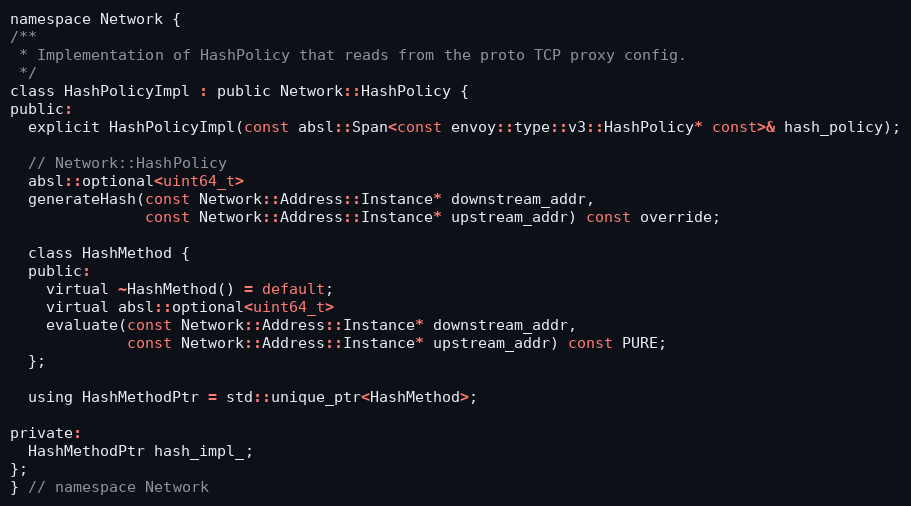
Language: C
namespace Network {
/**
 * Implementation of HashPolicy that reads from the proto TCP proxy config.
 */
class HashPolicyImpl : public Network::HashPolicy {
public:
  explicit HashPolicyImpl(const absl::Span<const envoy::type::v3::HashPolicy* const>& hash_policy);

  // Network::HashPolicy
  absl::optional<uint64_t>
  generateHash(const Network::Address::Instance* downstream_addr,
               const Network::Address::Instance* upstream_addr) const override;

  class HashMethod {
  public:
    virtual ~HashMethod() = default;
    virtual absl::optional<uint64_t>
    evaluate(const Network::Address::Instance* downstream_addr,
             const Network::Address::Instance* upstream_addr) const PURE;
  };

  using HashMethodPtr = std::unique_ptr<HashMethod>;

private:
  HashMethodPtr hash_impl_;
};
} // namespace Network